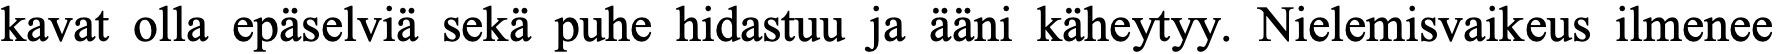
kavat olla epäselviä sekä puhe hidastuu ja ääni käheytyy. Nielemisvaikeus ilmenee